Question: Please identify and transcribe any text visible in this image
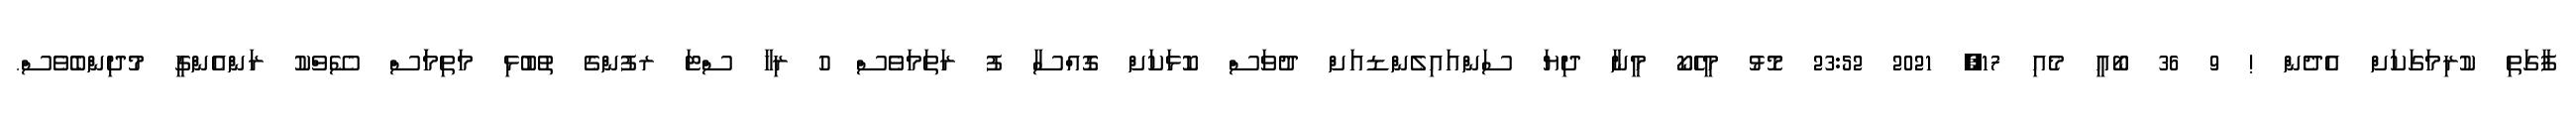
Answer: ފާގަތި ކުރިމަގަކަށް އެދެން ! 9 36 ބޯއީ މެއި 17, 2021 23:52 މޮޅު މީހެކޯ މީނާ ދިޔަ ސަންއައިލެންޑއަށް ދުވަސް ކޮޅަކަށް ގޮއްސާ ފު ރަތަމަވެސް ހު ރިހާ ސްޓަ ރފުންގެ ތުބުޅި މަތިމަަސް ސޭވްކު ރަންއެންގީ މުދިންބެވެސް.